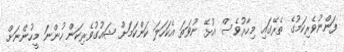
ފަންނުވެރިކަމުގެ ތެރޭގައި މިހާރުވެސް އުޅޭ ނުވަތަ އެކަހަލަ ކަންކަމަށް ޝައުގުވެރިކަން ހުންނަ މީހުންނަށް